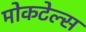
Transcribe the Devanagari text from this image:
मोकटेल्स